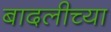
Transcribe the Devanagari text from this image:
बादलीच्या